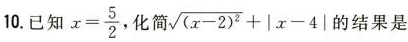
10.已知$$x = \frac { 5 } { 2 }$$，化简$$\sqrt { ( x - 2 ) ^ { 2 } } + | x - 4 |$$的结果是